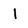
Character: l